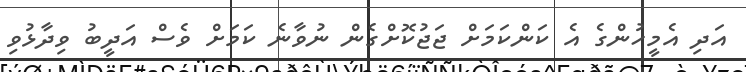
އަދި އެމީހުންގެ އެ ކަންކަމަށް ޖަޖުކޮށްގެން ނުވާނެ ކަމަށް ވެސް އަދީބު ވިދާޅުވި